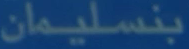
بنسليمان